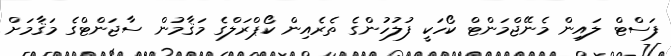
ފަސްޓް ލައިން މެނޭޖްމަންޓް ކޯހަކީ ފުލުހުންގެ ތެރެއިން ކޯޕްރަލްގެ މަޤާމުން ސާޖަންޓްގެ މަޤާމަށް